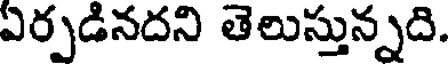
ఏర్పడినదని తెలుస్తున్నది.